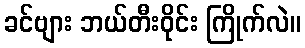
ခင်ဗျား ဘယ်တီးဝိုင်း ကြိုက်လဲ။